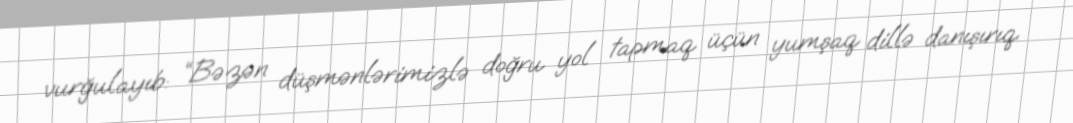
vurğulayıb: “Bəzən düşmənlərimizlə doğru yol tapmaq üçün yumşaq dillə danışırıq.